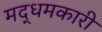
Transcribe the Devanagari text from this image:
मद्धमकारी